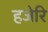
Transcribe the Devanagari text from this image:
हजेरि